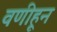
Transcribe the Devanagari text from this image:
वणीहून